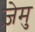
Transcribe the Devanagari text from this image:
ज़ेमु